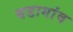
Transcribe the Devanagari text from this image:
बडागांव